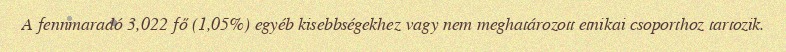
A fennmaradó 3,022 fő (1,05%) egyéb kisebbségekhez vagy nem meghatározott etnikai csoporthoz tartozik.